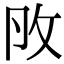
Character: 𢻮